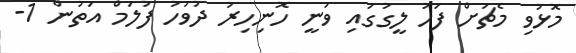
މޮޅުވި މެޗަށް ފަހު ލީގުގައި ވަނީ ހޮނިހިރު ދުވަހު ފުލަމް އަތުން 1-